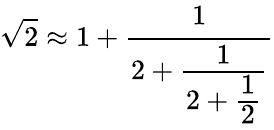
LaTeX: {\sqrt{2}}\approx 1+{\cfrac{1}{2+{\cfrac{1}{2+{\cfrac{1}{2}}}}}}